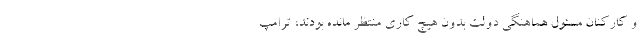
و کارکنان مسئول هماهنگی دولت بدون هیچ کاری منتظر مانده بودند، ترامپ